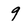
Character: 9